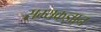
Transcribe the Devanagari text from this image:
सम्यकज्ञान